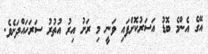
އޭގެ އެންމެ ބޮޑު އަސަރުކޮށްފައި ވަނީ މި ރަށު އިރު އުތުރު ސަރަހައްދަށެވެ.